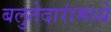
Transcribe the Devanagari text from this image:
बलुतेदारांमध्ये